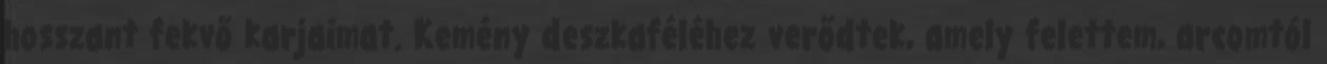
hosszant fekvő karjaimat. Kemény deszkaféléhez verődtek, amely felettem, arcomtól